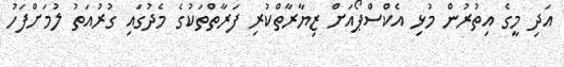
އަދި މީގެ އިތުރުން މުޅި އެކްސްޕޯއަށް ޒިޔާރާތްކުރި ފަރާތްތަކުގެ މެދުގައި ގުރުއަތު ލުމަށްފަހު